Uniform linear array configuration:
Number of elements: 24
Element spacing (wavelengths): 1
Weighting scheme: kaiser
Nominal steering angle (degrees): -45
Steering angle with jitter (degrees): -44.182
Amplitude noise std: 0.05
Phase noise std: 0.05

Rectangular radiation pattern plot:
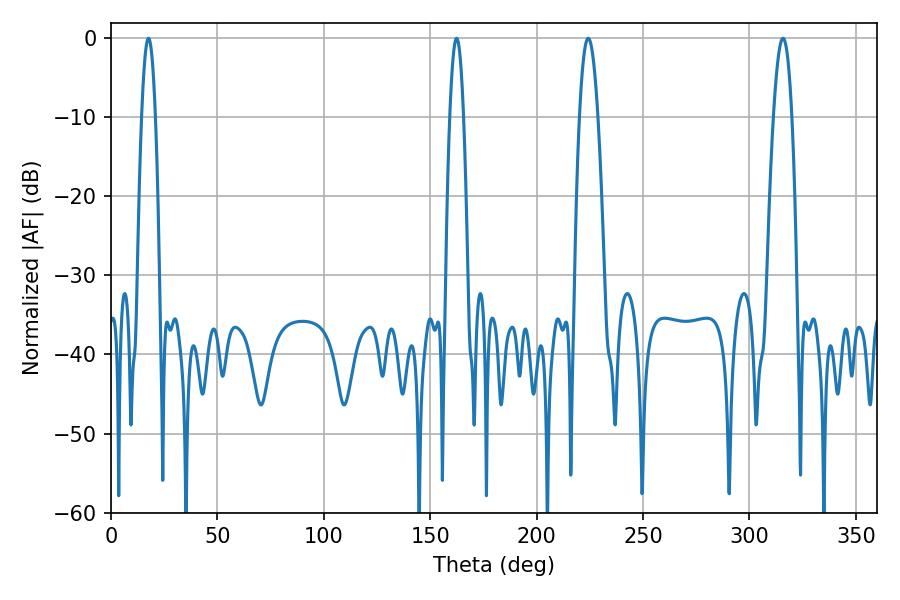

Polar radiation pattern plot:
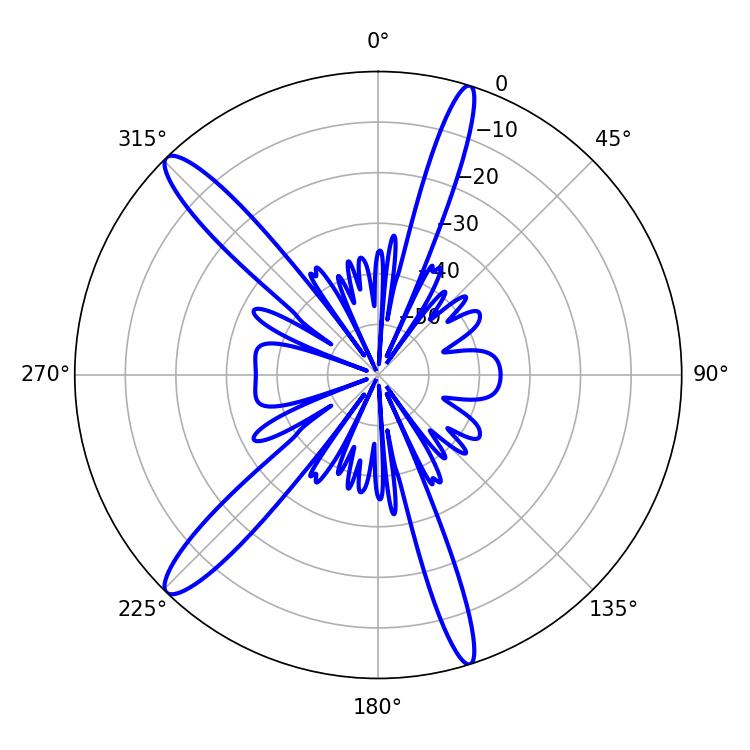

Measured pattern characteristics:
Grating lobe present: TRUE
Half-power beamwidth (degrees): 4.68
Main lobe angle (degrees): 224.28